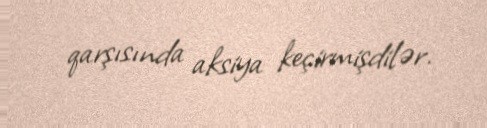
qarşısında aksiya keçirmişdilər.